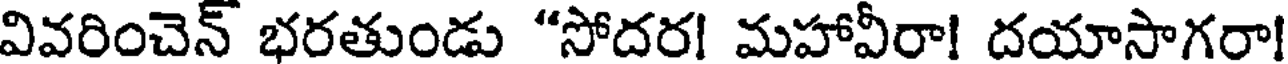
వివరించెన్ భరతుండు "సోదర! మహావీరా! దయాసాగరా